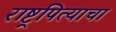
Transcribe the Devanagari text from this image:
राष्ट्रपित्याचा